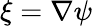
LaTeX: \xi=\nabla\psi